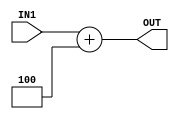
module adder_32bit(IN1, OUT);

    //declare ports
    input [31:0] IN1;
    output [31:0] OUT;

    //add the input values and assign to output
    //TODO: adding has a #1 delay
    assign #1 OUT = IN1 + 32'd4;

endmodule